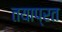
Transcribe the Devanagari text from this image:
तयाप्रत